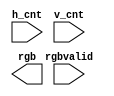
`timescale 1ns / 1ps
//////////////////////////////////////////////////////////////////////////////////
// Company: 
// Engineer: 
// 
// Design Name: 
// Module Name: simple_imgcontroller
// Project Name: 
// Target Devices: 
// Tool Versions: 
// Description: 
// 
// Dependencies: 
// 
// Revision:
// Revision 0.01 - File Created
// Additional Comments:
// 
//////////////////////////////////////////////////////////////////////////////////


module simple_imgcontroller(
    input [10:0] h_cnt,
    input [9:0] v_cnt,
    input rgbvalid,
    output rgb
    );
endmodule